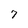
Character: 7